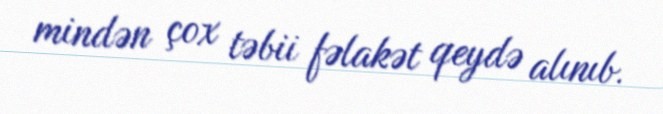
mindən çox təbii fəlakət qeydə alınıb.